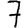
Digit: 7